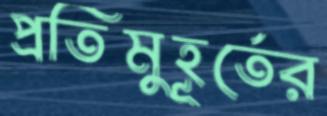
প্রতিমুহূর্তের